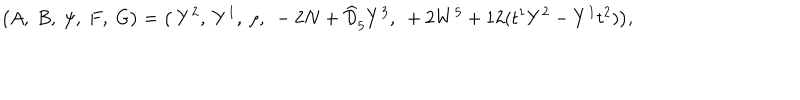
LaTeX: \big ( A , ~ B , ~ \psi , ~ F , ~ G \big ) = \big ( ~ Y ^ { 2 } , ~ Y ^ { 1 } , ~ \rho , ~ - 2 N + \widehat { \cal D } _ { \dot { 5 } } Y ^ { 3 } , ~ + 2 W ^ { \dot { 5 } } + 1 2 ( t ^ { 1 } Y ^ { 2 } - Y ^ { 1 } t ^ { 2 } ) \big ) ,